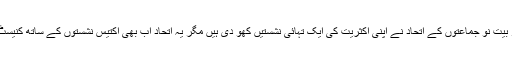
بنیامن نتن یاہو کے لیکود اور بیتِ نو جماعتوں کے اتحاد نے اپنی اکثریت کی ایک تہائی نشستیں کھو دی ہیں مگر یہ اتحاد اب بھی اکتیس نشستوں کے ساتھ کنیسٹ میں سب سے بڑا گروہ ہے۔